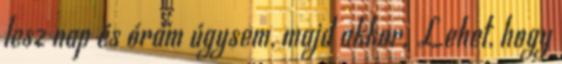
lesz nap és órám úgysem, majd akkor. Lehet, hogy